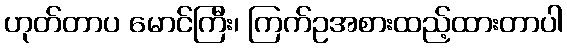
ဟုတ်တာပ မောင်ကြီး၊ ကြက်ဥအစားထည့်ထားတာပါ